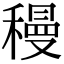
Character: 䅼